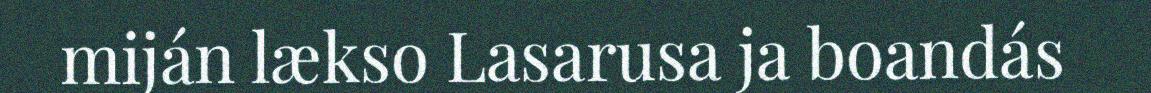
miján lækso Lasarusa ja boandás